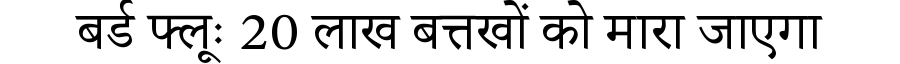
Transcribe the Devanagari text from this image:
बर्ड फ्लूः 20 लाख बत्तखों को मारा जाएगा